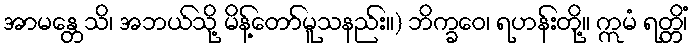
အာမန္တေသိ၊ အဘယ်သို့ မိန့်တော်မူသနည်း။) ဘိက္ခဝေ၊ ရဟန်းတို့။ ဣမံ ရတ္တိံ၊